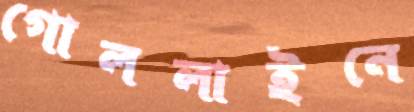
গোললাইনে